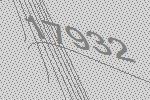
17932